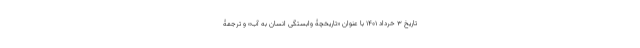
تاریخ ۳ خرداد ۱۴۰۱ با عنوان «تاریخچۀ وابستگی انسان به آب» و ترجمۀ